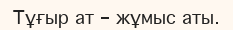
Тұғыр ат - жұмыс аты.